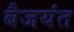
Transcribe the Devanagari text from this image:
बैजयंत